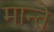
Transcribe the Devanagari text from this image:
मान्ते